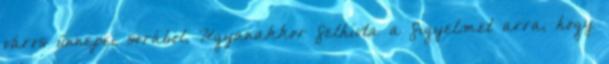
város ünnepei sorából. Ugyanakkor felhívta a figyelmet arra, hogy